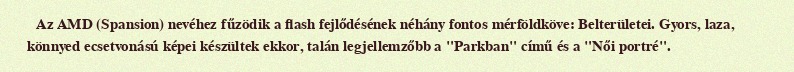
Az AMD (Spansion) nevéhez fűzödik a flash fejlődésének néhány fontos mérföldköve: Belterületei. Gyors, laza, könnyed ecsetvonású képei készültek ekkor, talán legjellemzőbb a "Parkban" című és a "Női portré".